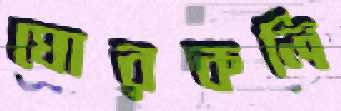
ঘোরকলি